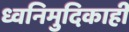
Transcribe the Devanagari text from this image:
ध्वनिमुदिकाही